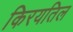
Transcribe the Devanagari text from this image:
किरयतिल